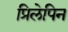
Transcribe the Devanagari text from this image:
प्रिलेपिन